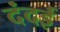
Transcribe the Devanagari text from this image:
दंदई